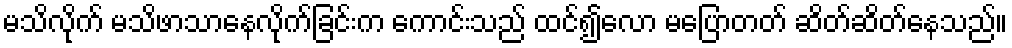
မသိလိုက် မသိဖာသာနေလိုက်ခြင်းက ကောင်းသည် ထင်၍လော မပြောတတ် ဆိတ်ဆိတ်နေသည်။